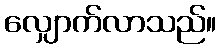
လျှောက်လာသည်။